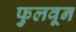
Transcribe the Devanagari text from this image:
फुलवून